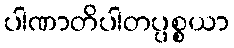
ပါဏာတိပါတပ္ပစ္စယာ